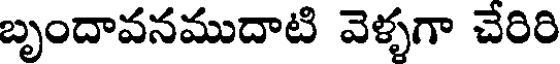
బృందావనముదాటి వెళ్ళగా చేరిరి